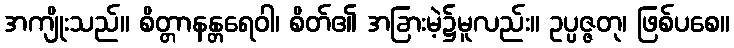
အကျိုးသည်။ စိတ္တာနန္တရေဝါ၊ စိတ်၏ အခြားမဲ့၌မူလည်း။ ဥပ္ပဇ္ဇတု၊ ဖြစ်ပစေ။